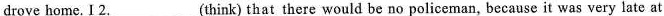
drove home. I 2. ___ (think) that there would be no policeman, because it was very late at